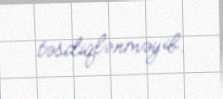
təsdiqlənməyib.